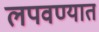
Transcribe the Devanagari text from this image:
लपवण्यात